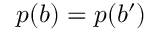
p ( b ) = p ( b ^ { \prime } )